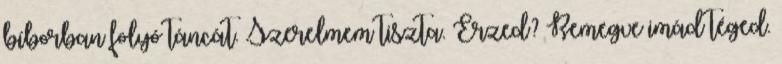
bíborban folyó táncát. Szerelmem tiszta. Érzed? Remegve imád téged.